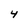
Character: 4